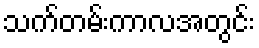
သက်တမ်းကာလအတွင်း